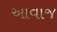
આવાજ